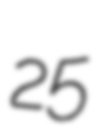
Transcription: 25